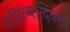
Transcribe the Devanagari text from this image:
पहिल्यादिवशी